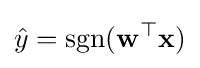
{\hat {y}}=\operatorname {sgn}(\mathbf {w} ^{\top }\mathbf {x} )